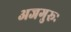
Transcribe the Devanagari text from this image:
अजगुरूः